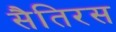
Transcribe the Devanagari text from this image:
सैतिरस